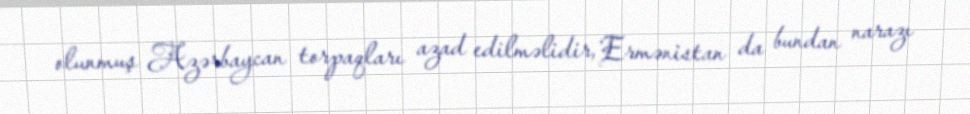
olunmuş Azərbaycan torpaqları azad edilməlidir, Ermənistan da bundan narazı